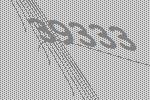
39333